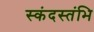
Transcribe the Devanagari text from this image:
स्कंदस्तंभि